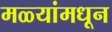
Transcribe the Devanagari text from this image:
मळ्यांमधून